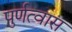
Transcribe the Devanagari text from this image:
पुर्णत्‍वास